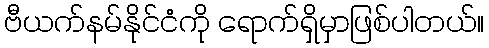
ဗီယက်နမ်နိုင်ငံကို ရောက်ရှိမှာဖြစ်ပါတယ်။